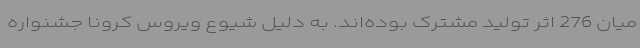
میان 276 اثر تولید مشترک بوده‌اند. به دلیل شیوع ویروس کرونا جشنواره